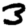
Digit: 3